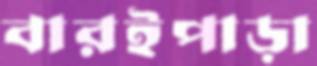
বারইপাড়া